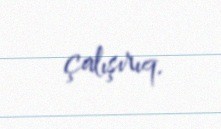
çalışırıq.